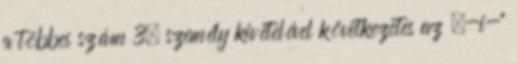
a többes szám 3. személy kivételével következetes az „-i-”